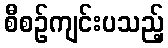
စီစဉ်ကျင်းပသည့်